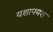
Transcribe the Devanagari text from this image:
यशापयश